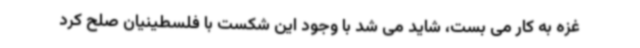
غزه به کار می بست، شاید می شد با وجود این شکست با فلسطینیان صلح کرد